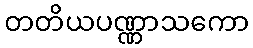
တတိယပဏ္ဏာသကော